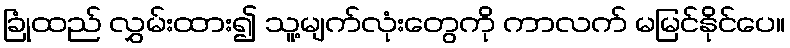
ခြုံထည် လွှမ်းထား၍ သူ့မျက်လုံးတွေကို ကာလက် မမြင်နိုင်ပေ။